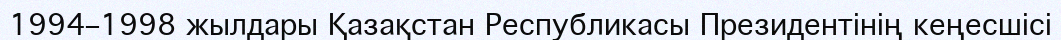
1994–1998 жылдары Қазақстан Республикасы Президентінің кеңесшісі